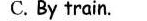
C. By train.